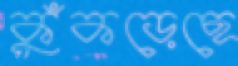
কুঁকড়েছে